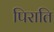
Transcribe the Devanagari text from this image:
पिराति